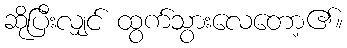
ဆိုပြီးလျှင် ထွက်သွားလေတော့၏။